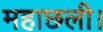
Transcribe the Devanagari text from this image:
महाछली।